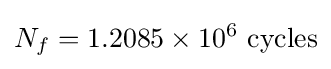
N_{f}=1.2085\times 10^{6}{\text{ cycles}}